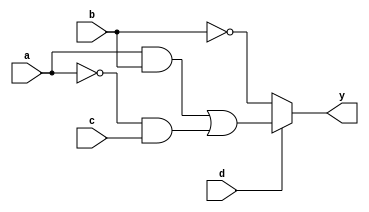
module MultiLevelSimplification (
    input wire a,    // Input signal A
    input wire b,    // Input signal B
    input wire c,    // Input signal C
    input wire d,    // Input signal D
    output wire y    // Output signal Y
);

    // Intermediate signals
    wire not_a;      // NOT gate output
    wire not_b;      // NOT gate output
    wire and1;       // AND gate output
    wire and2;       // AND gate output
    wire or1;        // OR gate output
    wire mux_out;    // MUX output

    // Level 1: Basic Gates
    // NOT gates
    not u1 (not_a, a);
    not u2 (not_b, b);

    // AND gates
    and u3 (and1, a, b);        // AND gate for A and B
    and u4 (and2, not_a, c);    // AND gate for NOT A and C

    // OR gate combining previous results
    or u5 (or1, and1, and2);    // OR gate for AND1 and AND2

    // Level 2: Decomposition and Multiplexing
    // Multiplexer to select between two conditions
    assign mux_out = (d) ? or1 : not_b; // If D is high, output OR result, else output NOT B

    // Final output logic
    assign y = mux_out; // Final output Y

endmodule